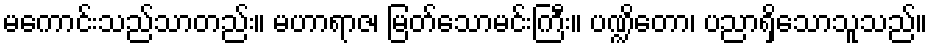
မကောင်းသည်သာတည်း။ မဟာရာဇ၊ မြတ်သောမင်းကြီး။ ပဏ္ဍိတော၊ ပညာရှိသောသူသည်။